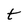
Character: t